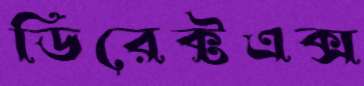
ডিরেক্টএক্স